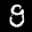
Label: 9